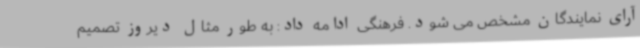
آرای نمایندگان مشخص می شود. فرهنگی ادامه داد: به طور مثال دیروز تصمیم